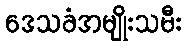
ဒေသခံအမျိုးသမီး